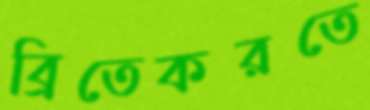
ব্রিতেকরতে